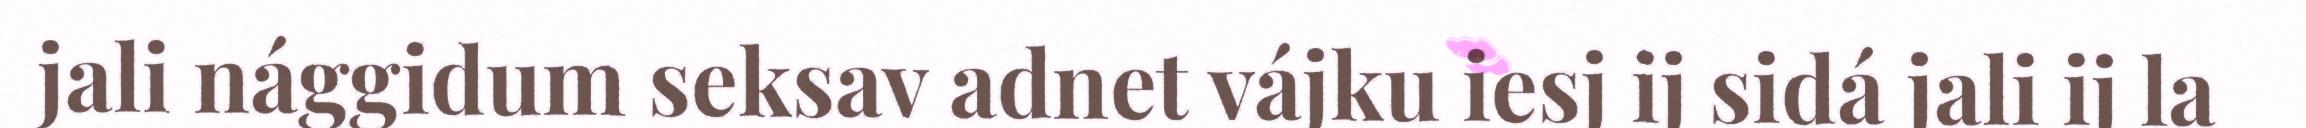
jali nággidum seksav adnet vájku iesj ij sidá jali ij la